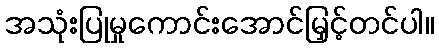
အသုံးပြုမှုကောင်းအောင်မြှင့်တင်ပါ။